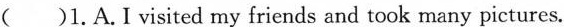
( )1.A.Ivisited my friends and took many pictures.